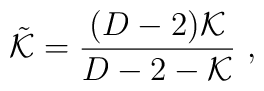
\tilde{{\cal K}} = \frac{(D-2){\cal K}}{D-2-{\cal K}} \ ,